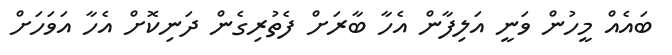
ބައެއް މީހުން ވަނީ އަލިފާން އެހާ ބާރަށް ފެތުރިގެން ދަނިކޮށް އެހާ އަވަހަށް